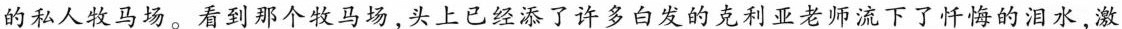
的私人牧马场。看到那个牧马场，头上已经添了许多白发的克利亚老师流下了忏悔的泪水，激